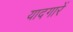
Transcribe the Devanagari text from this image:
यादगारें